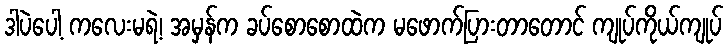
ဒါပဲပေါ့ ကလေးမရဲ့၊ အမှန်က ခပ်စောစောထဲက မဖောက်ပြားတာတောင် ကျုပ်ကိုယ်ကျုပ်